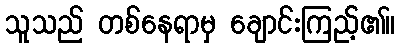
သူသည် တစ်နေရာမှ ချောင်းကြည့်၏။